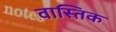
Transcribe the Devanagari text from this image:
वास्तिक